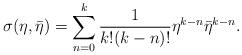
LaTeX: \begin{align*}\sigma(\eta, \bar \eta) = \sum_{n=0}^{k} \frac{1}{k!(k-n)!}\eta^{k-n} \bar\eta^{k-n}.\end{align*}